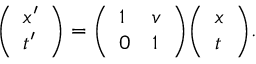
{ \left( \begin{array} { l } { x ^ { \prime } } \\ { t ^ { \prime } } \end{array} \right) } = { \left( \begin{array} { l l } { 1 } & { v } \\ { 0 } & { 1 } \end{array} \right) } { \left( \begin{array} { l } { x } \\ { t } \end{array} \right) } .